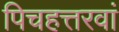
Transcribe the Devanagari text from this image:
पिचहत्तरवां